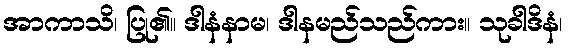
အာကာသိ၊ ပြု၏။ ဒါနံနာမ၊ ဒါနမည်သည်ကား။ သုခါဒိနံ၊